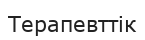
Терапевттік